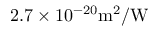
2 . 7 \times 1 0 ^ { - 2 0 } \mathrm { m ^ { 2 } / W }